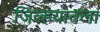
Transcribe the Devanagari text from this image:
जिल्हयातला